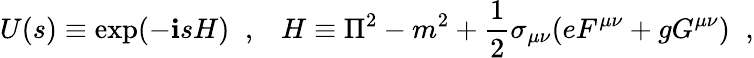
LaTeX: U(s)\equiv\exp(-\mathbf{i}sH)\; \; ,\; \; \; H\equiv\Pi^{2}-m^{2}+\frac{{1}}{{2}}\sigma_{\mu\nu}(eF^{\mu\nu}+gG^{\mu\nu})\; \; ,